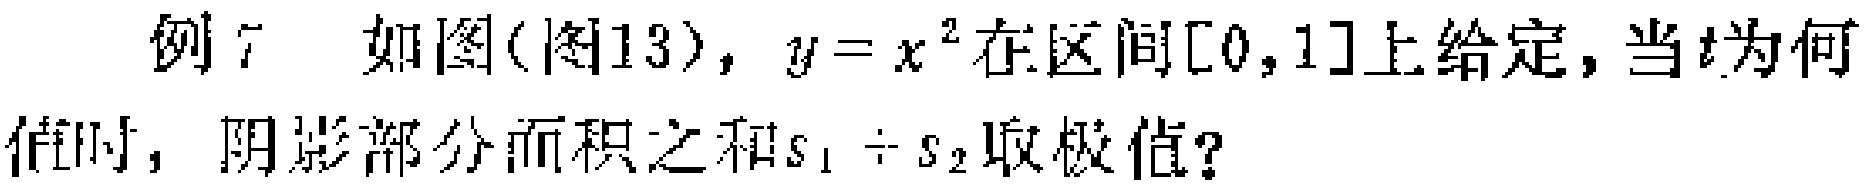
例7 如图(图13)，$y = x^{2}$在区间$[0,1]$上给定，当$t$为何值时，阴影部分面积之和$s_{1}+s_{2}$取极值？